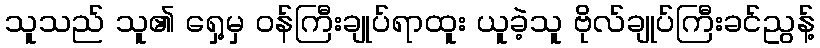
သူသည် သူ၏ ရှေ့မှ ဝန်ကြီးချုပ်ရာထူး ယူခဲ့သူ ဗိုလ်ချုပ်ကြီးခင်ညွန့်